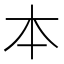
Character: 本